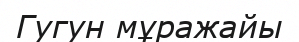
Гугун мұражайы